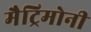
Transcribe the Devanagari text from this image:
मैट्रिमोनी